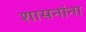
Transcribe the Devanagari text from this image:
शासनांना